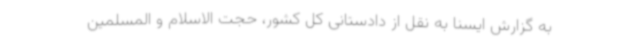
به گزارش ایسنا به نقل از دادستانی کل کشور، حجت الاسلام و المسلمین